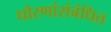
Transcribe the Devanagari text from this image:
धोरणांसंबंधित